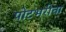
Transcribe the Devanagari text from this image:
पोटभरीचा